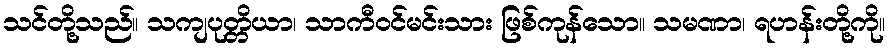
သင်တို့သည်။ သကျပုတ္တိယာ၊ သာကီဝင်မင်းသား ဖြစ်ကုန်သော။ သမဏာ၊ ရဟန်းတို့ကို။